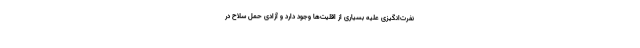
نفرت‌انگیزی علیه بسیاری از اقلیت‌ها وجود دارد و آزادی حمل سلاح در